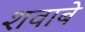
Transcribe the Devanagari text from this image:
शवाबे